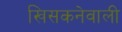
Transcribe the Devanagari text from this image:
खिसकनेवाली